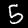
Digit: 5